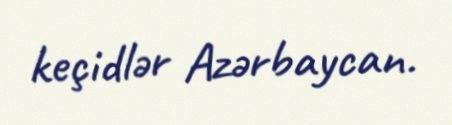
keçidlər Azərbaycan.